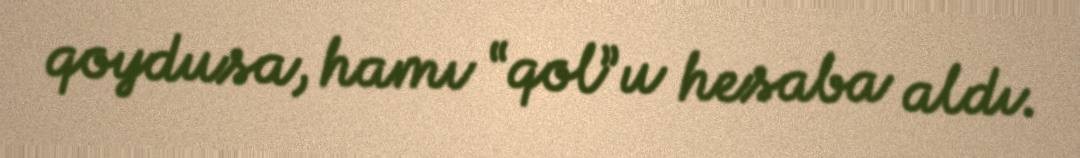
qoydusa, hamı “qol”u hesaba aldı.